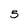
Character: 5